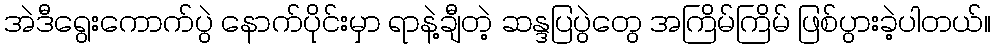
အဲဒီရွေးကောက်ပွဲ နောက်ပိုင်းမှာ ရာနဲ့ချီတဲ့ ဆန္ဒပြပွဲတွေ အကြိမ်ကြိမ် ဖြစ်ပွားခဲ့ပါတယ်။